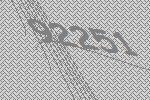
92251